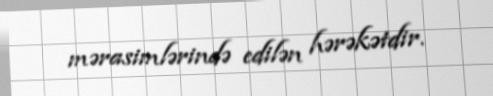
mərasimlərində edilən hərəkətdir.